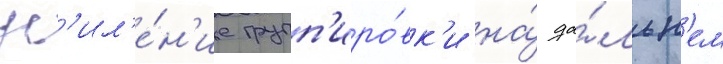
ус'ил'е́н'ие групп'иро́вк'и на́ да́льн'ем